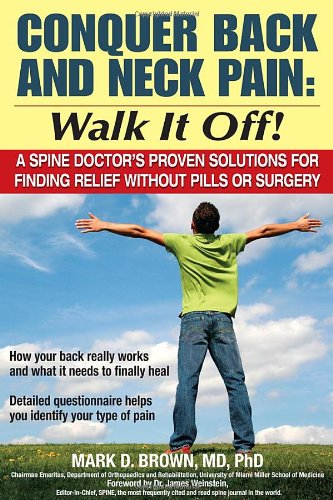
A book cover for Conquer Back and Neck Pain: Walk It Off! A Spine Doctor'sProven Solutions For Finding Relief Without Pills or Surgery; Mark Brown; Health, Fitness & Dieting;